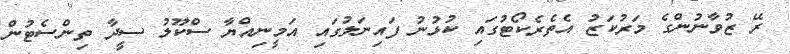
ރޭ ޒުވާނުންގެ މަރުކަޒު އެތެރެކޯޓުގައި ކުޅުނު ފައިނަލުގައި އަމީނިއްޔާ ސްކޫލު ސީދާ ތިންސެޓުން